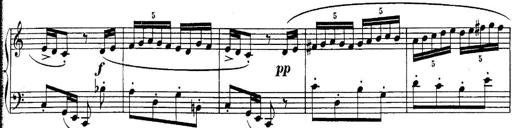
Title: Sonatina for Piano
Composer: BÃ©la BartÃ³k